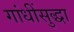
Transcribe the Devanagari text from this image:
गांधींसुद्धा